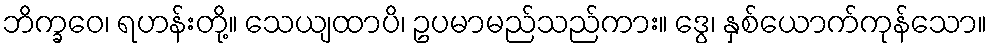
ဘိက္ခဝေ၊ ရဟန်းတို့။ သေယျထာပိ၊ ဥပမာမည်သည်ကား။ ဒွေ၊ နှစ်ယောက်ကုန်သော။